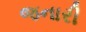
જનારી